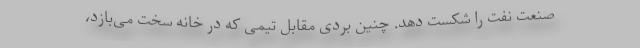
صنعت نفت را شکست دهد. چنین بُردی مقابل تیمی که در خانه سخت می‌بازد،